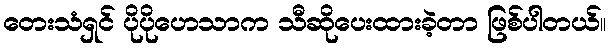
တေးသံရှင် ပိုပိုဟေသာက သီဆိုပေးထားခဲ့တာ ဖြစ်ပါတယ်။